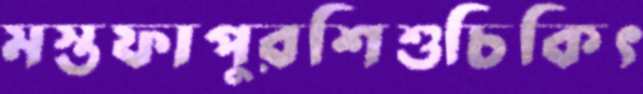
মস্তফাপুরশিশুচিকিৎ